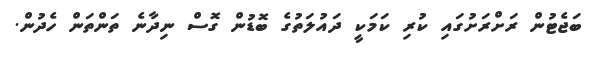
ބަޖެޓުން ރަށްރަށުގައި ކުރި ކަމަކީ ދައުލަތުގެ ބޮޑުން ގޮސް ނިދާނެ ތަންތަން ހެދުން.